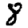
Digit: 8